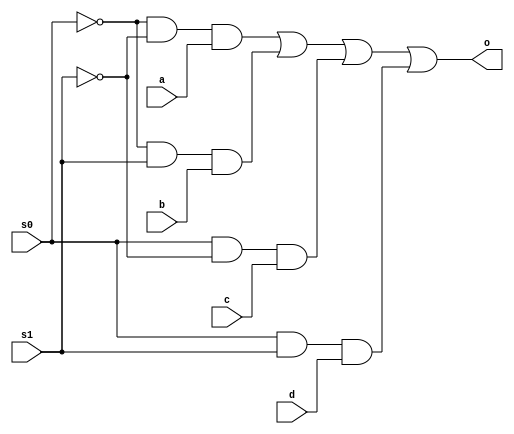
module multiplexer (a,b,c,d,s0,s1,o);
input a,b,c,d,s0,s1;
output o;
assign o=((~s0)&(~s1)&a)|((~s0)&(s1)&b)|((s0)&(~s1)&c)|((s0)&(s1)&d); 
endmodule

module mux;
reg a,b,c,d,s0,s1;
wire o;
multiplexer m1(a,b,c,d,s0,s1,o);

initial begin
$dumpfile("multiplexer.vcd");
$dumpvars(0,mux);


a=1;
b=0;
c=1;
d=1;
s0=0;
s1=0;
#10

a=1;
b=0;
c=1;
d=1;
s0=0;
s1=1;
#10

a=1;
b=0;
c=1;
d=1;
s0=1;
s1=0;
#10

a=1;
b=0;
c=1;
d=1;
s0=1;
s1=1;
#10

$finish();
end
endmodule